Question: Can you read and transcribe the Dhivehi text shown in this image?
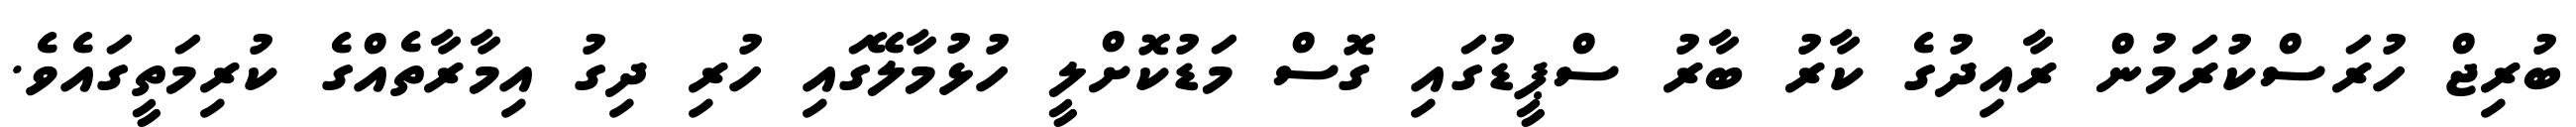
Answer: ބުރިޖް ހުރަސްކުރަމުން ރާއިދުގެ ކާރު ބާރު ސްޕީޑުގައި ގޮސް މަޑުކޮށްލީ ހުޅުމާލޭގައި ހުރި ދިގު އިމާރާތެއްގެ ކުރިމަތީގައެވެ.